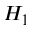
H _ { 1 }